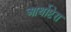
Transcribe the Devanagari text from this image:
आर्थोप्टेरा